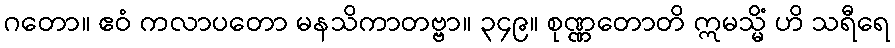
ဂတော။ ဧဝံ ကလာပတော မနသိကာတဗ္ဗာ။ ၃၄၉။ စုဏ္ဏတောတိ ဣမသ္မိံ ဟိ သရီရေ